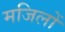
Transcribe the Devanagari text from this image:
मजिलों